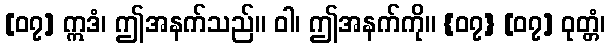
[၀၇] ဣဒံ၊ ဤအနက်သည်။ ဝါ၊ ဤအနက်ကို။ {၀၇} [၀၇] ဝုတ္တံ၊